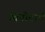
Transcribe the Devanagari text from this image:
विनोदार्थ